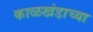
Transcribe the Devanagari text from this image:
काळखंडाच्या